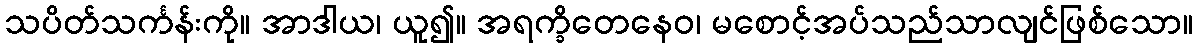
သပိတ်သင်္ကန်းကို။ အာဒါယ၊ ယူ၍။ အရက္ခိတေနေဝ၊ မစောင့်အပ်သည်သာလျင်ဖြစ်သော။